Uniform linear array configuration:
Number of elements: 16
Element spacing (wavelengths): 1
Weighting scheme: blackman
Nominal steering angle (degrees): -45
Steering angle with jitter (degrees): -43.632
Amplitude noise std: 0.05
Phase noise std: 0.05

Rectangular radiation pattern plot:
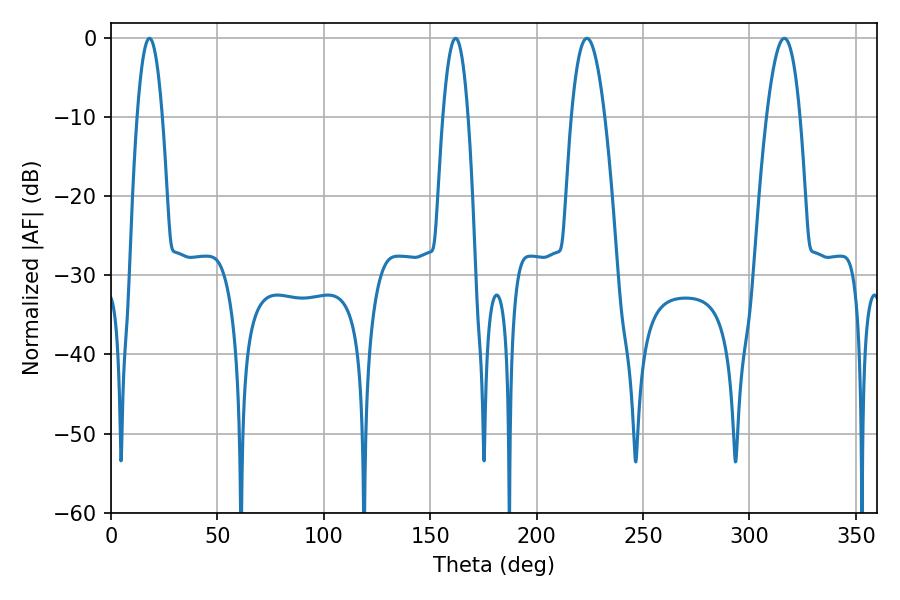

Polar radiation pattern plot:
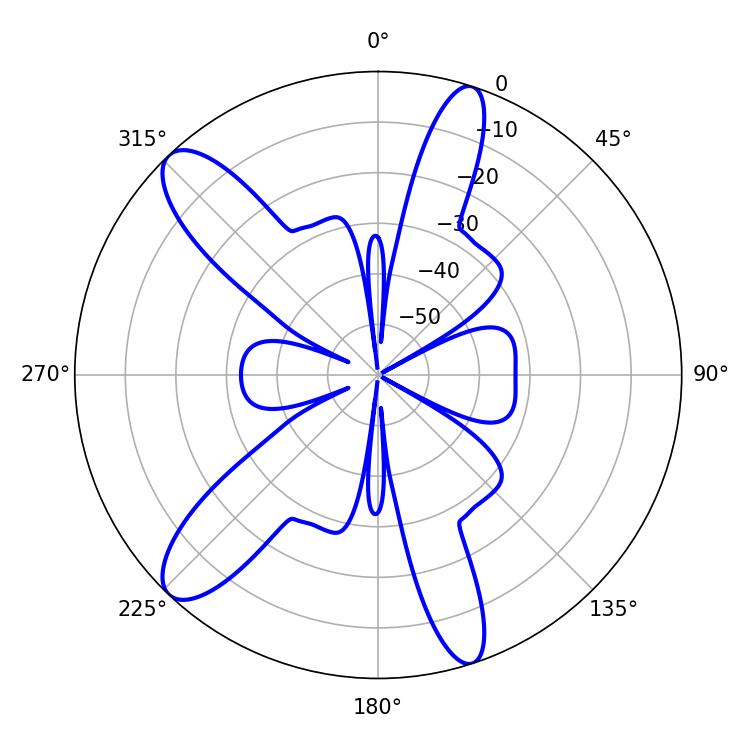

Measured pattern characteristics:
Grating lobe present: TRUE
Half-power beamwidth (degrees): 8.64
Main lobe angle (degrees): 223.56